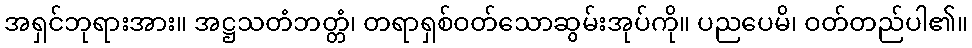
အရှင်ဘုရားအား။ အဋ္ဌသတံဘတ္တံ၊ တရာရှစ်ဝတ်သောဆွမ်းအုပ်ကို။ ပညပေမိ၊ ဝတ်တည်ပါ၏။